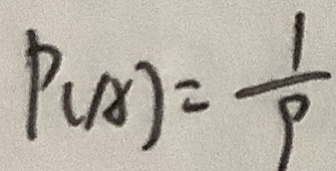
P _ { ( A ) } = \frac { 1 } { 9 }